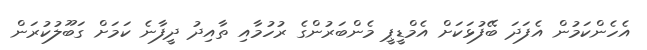
އެހެންކަމުން އެފަދަ ބޭފުޅަކަށް އެމްޑީޕީ މެންބަރުންގެ ރުހުމާއި ތާއިދު ދީފާނެ ކަމަށް ގަބޫލުކުރަން